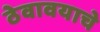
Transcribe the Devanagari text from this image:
ठेवावयाचे